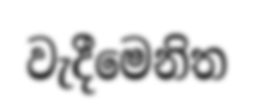
වැදීමෙනිත